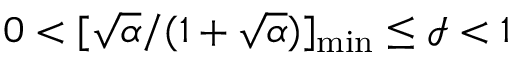
0 < [ \sqrt { \alpha } / ( 1 + \sqrt { \alpha } ) ] _ { \mathrm { m i n } } \leq \mathcal { I } < 1